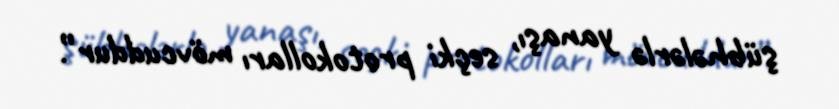
şübhələrlə yanaşı, seçki protokolları mövcuddur”.